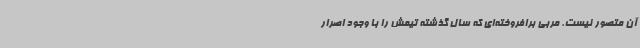
آن متصور نیست. مربی برافروخته‌ای که سال گذشته تیمش را با وجود اصرار